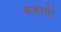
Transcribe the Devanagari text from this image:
कहाती